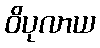
ဝိပုလာယ